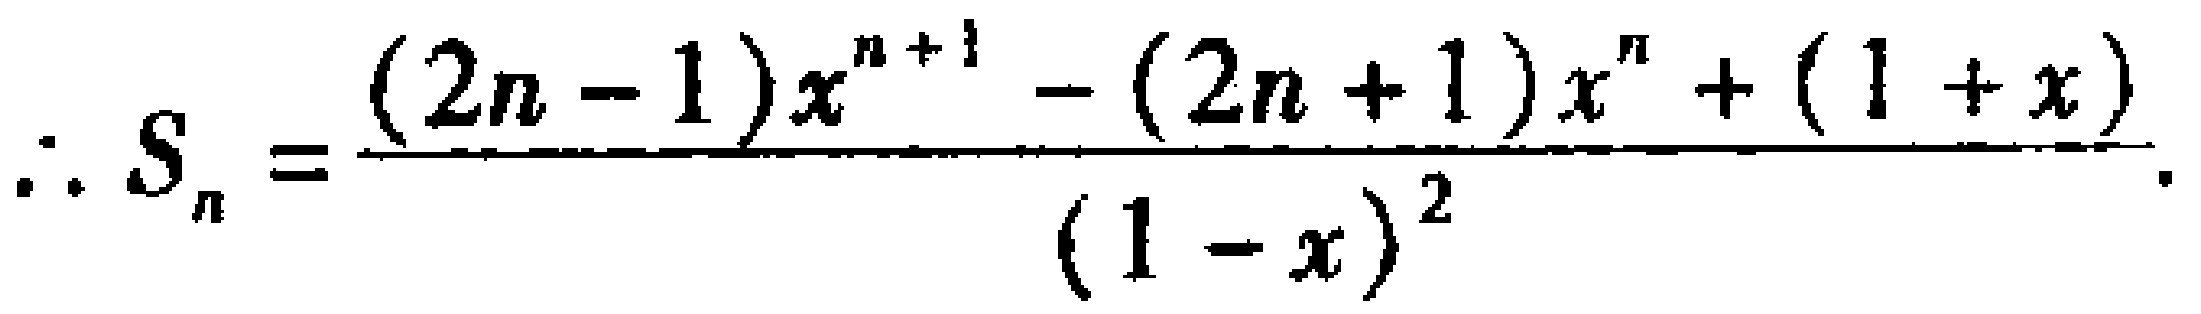
\(\therefore S_{n}=\frac{(2n - 1)x^{n + 1}-(2n + 1)x^{n}+(1 + x)}{(1 - x)^{2}}\)